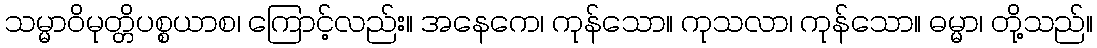
သမ္မာဝိမုတ္တိပစ္စယာစ၊ ကြောင့်လည်း။ အနေကေ၊ ကုန်သော။ ကုသလာ၊ ကုန်သော။ ဓမ္မာ၊ တို့သည်။